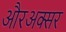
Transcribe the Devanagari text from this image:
औरअक्सर